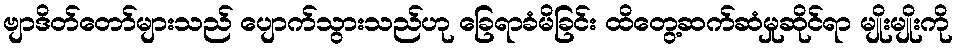
ဗျာဒိတ်တော်များသည် ပျောက်သွားသည်ဟု ခြေရာခံမိခြင်း ထိတွေ့ဆက်ဆံမှုဆိုင်ရာ မျိုးမျိုးကို